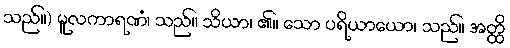
သည်။) မူလကာရဏံ၊ သည်။ သိယာ၊ ၏။ သော ပရိယာယော၊ သည်။ အတ္ထိ